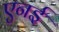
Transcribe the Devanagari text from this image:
एनई